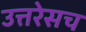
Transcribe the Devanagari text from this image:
उत्तरेसच